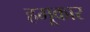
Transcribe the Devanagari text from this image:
हमूकार